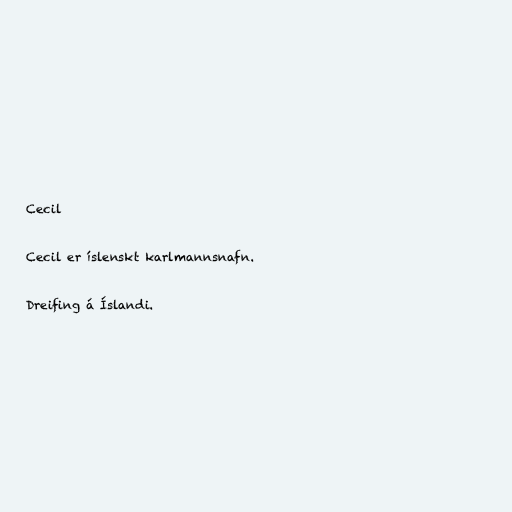
Cecil

Cecil er íslenskt karlmannsnafn.

Dreifing á Íslandi.